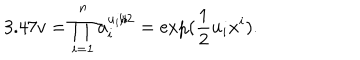
LaTeX: 3 . 4 7 v = \prod _ { i = 1 } ^ { n } a _ { i } ^ { u _ { i } / 2 } = \exp ( \frac { 1 } { 2 } u _ { i } x ^ { i } ) .